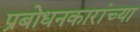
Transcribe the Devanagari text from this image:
प्रबोधनकारांच्या